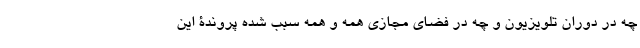
چه در دوران تلویزیون و چه در فضای مجازی همه و همه سبب شده پروندۀ این